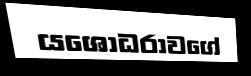
යශෝධරාවගේ